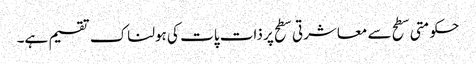
حکومتی سطح سے معاشرتی سطح پر ذات پات کی ہولناک تقسیم ہے۔